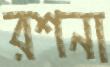
রশনা